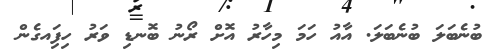
ބުނެބަލަ ބުނެބަލަ. އާއު ހަމަ މިހާރު އޮށް ރޯނު ބޮނޑި ވަރު ހިފަިއގެން